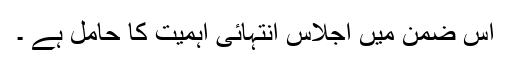
اس ضمن میں اجلاس انتہائی اہمیت کا حامل ہے ۔